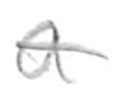
Text: a
Cross-out: single-line
Writing tool: pencil